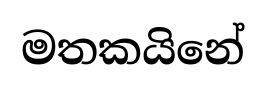
මතකයිනේ